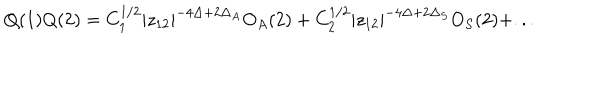
LaTeX: Q ( 1 ) Q ( 2 ) = C _ { 1 } ^ { 1 / 2 } | z _ { 1 2 } | ^ { - 4 \Delta + 2 \Delta _ { A } } O _ { A } ( 2 ) + C _ { 2 } ^ { 1 / 2 } | z _ { 1 2 } | ^ { - 4 \Delta + 2 \Delta _ { S } } O _ { S } ( 2 ) + . . .